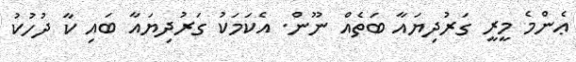
ޢެންމެ މީރީ ގަރުދިޔައާ ބަތެއް ނޫން. އެކަމަކު ގަރުދިޔައާ ބައި ކާ ދުހުކު